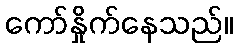
ကော်နှိုက်နေသည်။